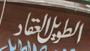
الطويلالعقاد